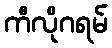
ကီလိုဂရမ်